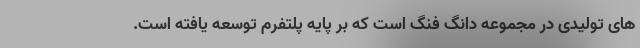
های تولیدی در مجموعه دانگ فنگ است که بر پایه پلتفرم توسعه یافته است.